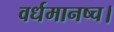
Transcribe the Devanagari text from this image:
वर्धमानष्च।